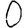
Digit: 0